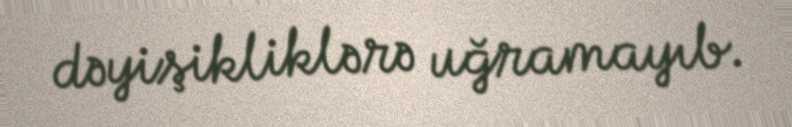
dəyişikliklərə uğramayıb.